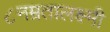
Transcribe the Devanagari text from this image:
८नम्रतालक्ष्मी